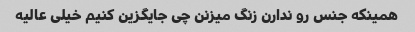
همینکه جنس رو ندارن زنگ میزنن چی جایگزین کنیم خیلی عالیه